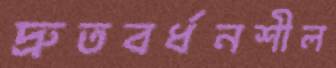
দ্রুতবর্ধনশীল